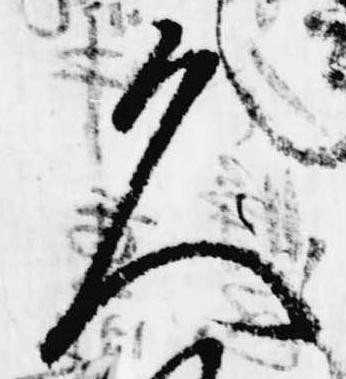
久